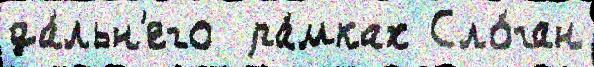
да́льн'его  ра́мках Сло́ган